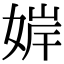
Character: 婩